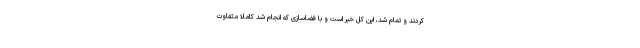
کردند و تمام شد، این کل خبر است و با فضاسازی که انجام شد کاملاً متفاوت